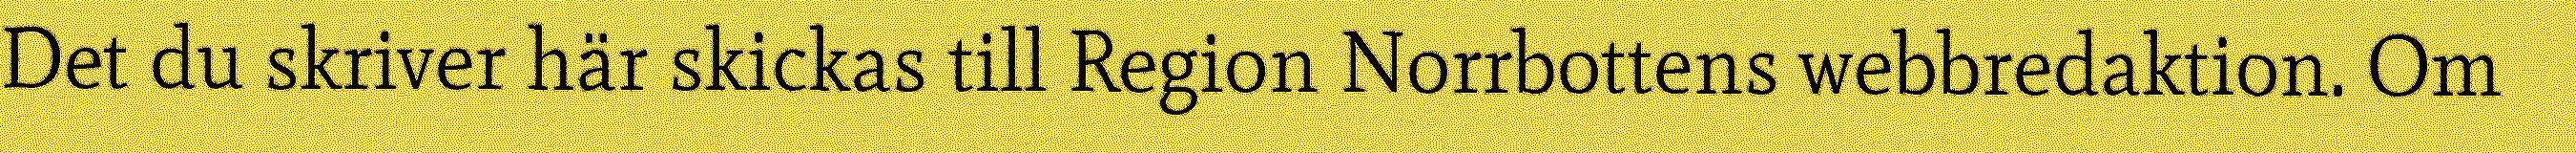
Det du skriver här skickas till Region Norrbottens webbredaktion. Om